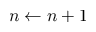
n \gets n + 1